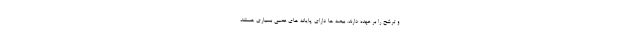
و ترشح را بر عهده دارند. بیضه ها دارای پایانه های عصبی بسیاری هستند